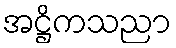
အဋ္ဌိကသညာ